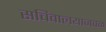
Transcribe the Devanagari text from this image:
सचिवालयाजवळ